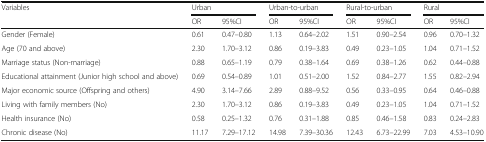
| <ROWSPAN=2> Variables | <COLSPAN=2> Urban | <COLSPAN=2> Urban-to-urban | <COLSPAN=2> Rural-to-urban | <COLSPAN=2> Rural |
 | OR | 95%CI | OR | 95%CI | OR | 95%CI | OR | 95%CI |
 | --- | --- | --- | --- | --- | --- | --- | --- | --- |
 | Gender (Female) | 0.61 | 0.47–0.80 | 1.13 | 0.64–2.02 | 1.51 | 0.90–2.54 | 0.96 | 0.70–1.32 |
 | Age (70 and above) | 2.30 | 1.70–3.12 | 0.86 | 0.19–3.83 | 0.49 | 0.23–1.05 | 1.04 | 0.71–1.52 |
 | Marriage status (Non-marriage) | 0.88 | 0.65–1.19 | 0.79 | 0.38–1.64 | 0.69 | 0.38–1.26 | 0.62 | 0.44–0.88 |
 | Educational attainment (Junior high school and above) | 0.69 | 0.54–0.89 | 1.01 | 0.51–2.00 | 1.52 | 0.84–2.77 | 1.55 | 0.82–2.94 |
 | Major economic source (Offspring and others) | 4.90 | 3.14–7.66 | 2.89 | 0.88–9.52 | 0.56 | 0.33–0.95 | 0.64 | 0.46–0.88 |
 | Living with family members (No) | 2.30 | 1.70–3.12 | 0.86 | 0.19–3.83 | 0.49 | 0.23–1.05 | 1.04 | 0.71–1.52 |
 | Health insurance (No) | 0.58 | 0.25–1.32 | 0.76 | 0.31–1.88 | 0.85 | 0.46–1.58 | 0.83 | 0.24–2.83 |
 | Chronic disease (No) | 11.17 | 7.29–17.12 | 14.98 | 7.39–30.36 | 12.43 | 6.73–22.99 | 7.03 | 4.53–10.90 |